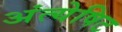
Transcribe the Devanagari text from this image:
अंत्येषिट